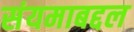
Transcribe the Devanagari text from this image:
संयमाबद्दल